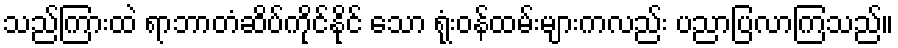
သည်ကြားထဲ ရာဘာတံဆိပ်ကိုင်နိုင် သော ရုံးဝန်ထမ်းများကလည်း ပညာပြလာကြသည်။